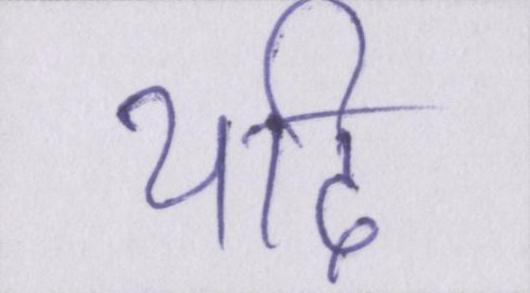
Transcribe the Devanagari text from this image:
यदि